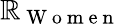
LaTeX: \mathbb{R}_{\mathrm{{~W~o~m~e~n~}}}